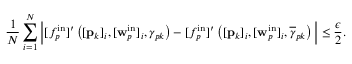
\frac { 1 } { N } \sum _ { i = 1 } ^ { N } \Big | [ f _ { p } ^ { \mathrm { i n } } ] ^ { \prime } \left( [ \mathbf { p } _ { k } ] _ { i } , [ \mathbf { w } _ { p } ^ { \mathrm { i n } } ] _ { i } , \gamma _ { p k } \right) - [ f _ { p } ^ { \mathrm { i n } } ] ^ { \prime } \left( [ \mathbf { p } _ { k } ] _ { i } , [ \mathbf { w } _ { p } ^ { \mathrm { i n } } ] _ { i } , \overline { { \gamma } } _ { p k } \right) \Big | \leq \frac { \epsilon } { 2 } .